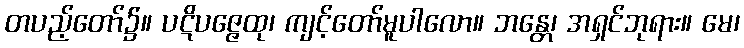
တပည့်တော်၌။ ပဋိပဇ္ဇေထု၊ ကျင့်တော်မူပါလော။ ဘန္တေ၊ အရှင်ဘုရား။ မေ၊